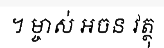
។ ម្ចាស់ អចន វត្ថុ